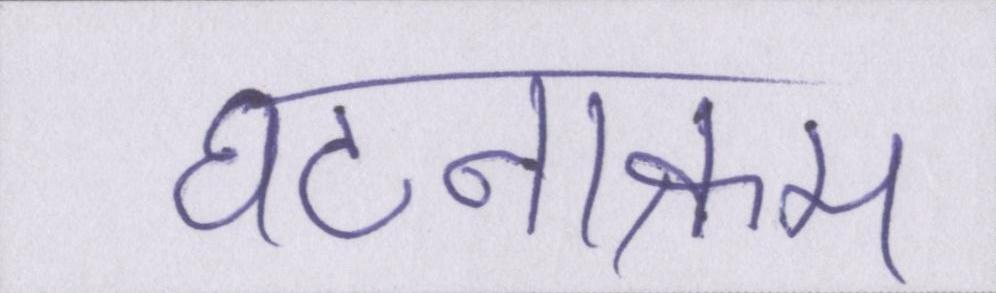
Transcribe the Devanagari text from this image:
घटनाक्रम